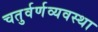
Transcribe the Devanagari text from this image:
चतुर्वर्णव्यवस्था